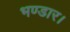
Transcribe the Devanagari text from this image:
भण्डार।